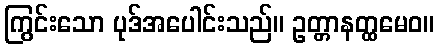
ကြွင်းသော ပုဒ်အပေါင်းသည်။ ဥတ္တာနတ္ထမေဝ။